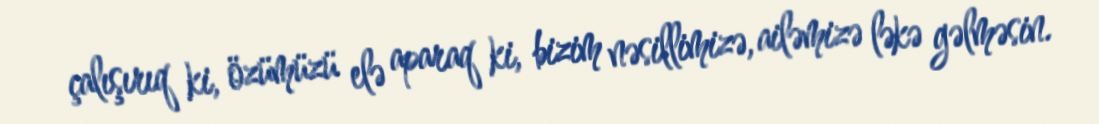
çalışırıq ki, özümüzü elə aparaq ki, bizim nəsillimizə, ailəmizə ləkə gəlməsin.